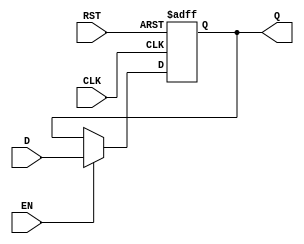
module StoreRegister (
    input wire D,       // Data Input
    input wire CLK,     // Clock Input
    input wire EN,      // Enable Input
    input wire RST,     // Reset Input
    output reg Q        // Data Output
);

// Asynchronous reset and synchronous data capture
always @(posedge CLK or posedge RST) begin
    if (RST) begin
        Q <= 1'b0;      // Set Q to 0 on reset
    end else if (EN) begin
        Q <= D;         // Capture D on clock edge if EN is high
    end
    // If EN is low, Q retains its previous value
end

endmodule